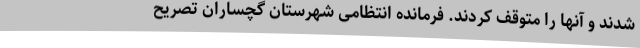
شدند و آنها را متوقف کردند. فرمانده انتظامی شهرستان گچساران تصریح